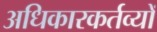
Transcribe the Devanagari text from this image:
अधिकारकर्तव्यों